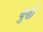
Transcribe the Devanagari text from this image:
बुद्धौ